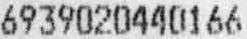
6939020440166